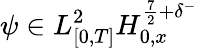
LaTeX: \psi\in L_{[0,T]}^{2}H_{0,x}^{\frac{7}{2}+\delta^{-}}